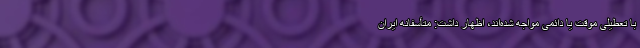
با تعطیلی موقت یا دائمی مواجه شده‌اند، اظهار داشت: متأسفانه ایران